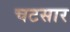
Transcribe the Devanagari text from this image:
चटसार